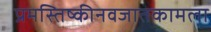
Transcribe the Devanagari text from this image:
प्रमस्तिष्कीनवजातकामला